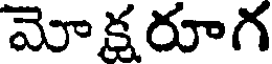
మోక్షరూగ